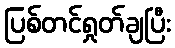
ပြစ်တင်ရှုတ်ချပြီး